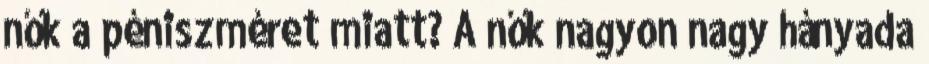
nők a péniszméret miatt? A nők nagyon nagy hányada